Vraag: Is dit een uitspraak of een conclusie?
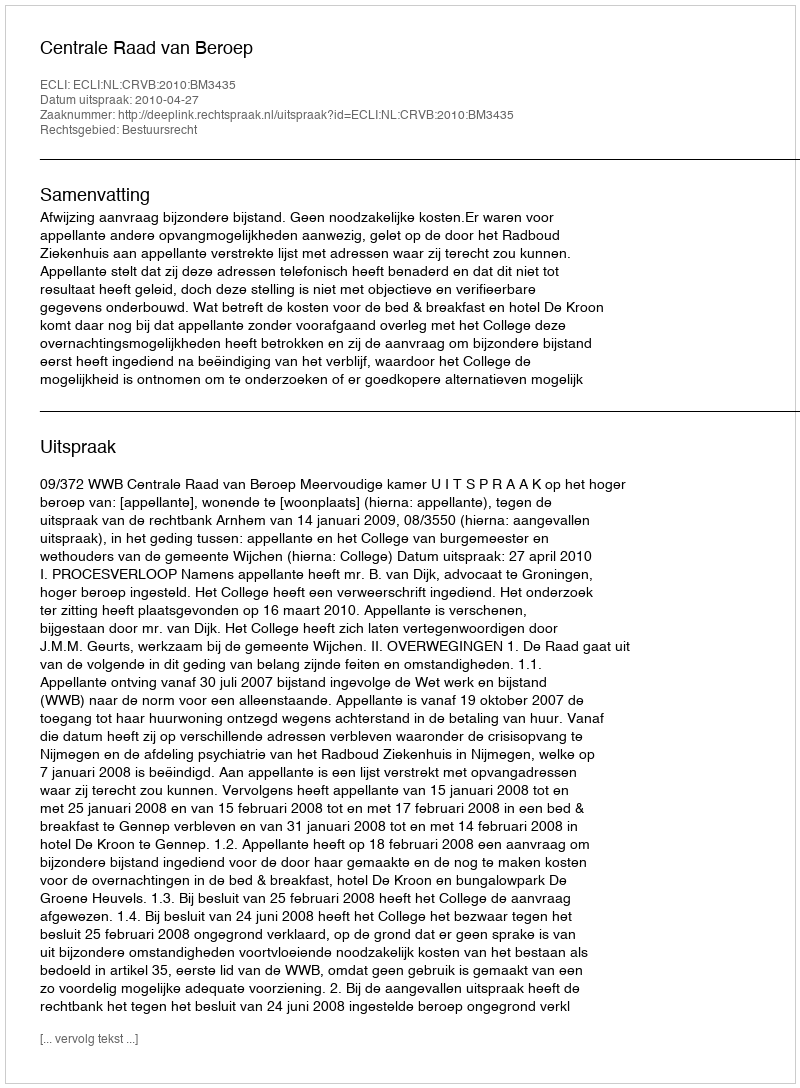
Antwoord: Uitspraak